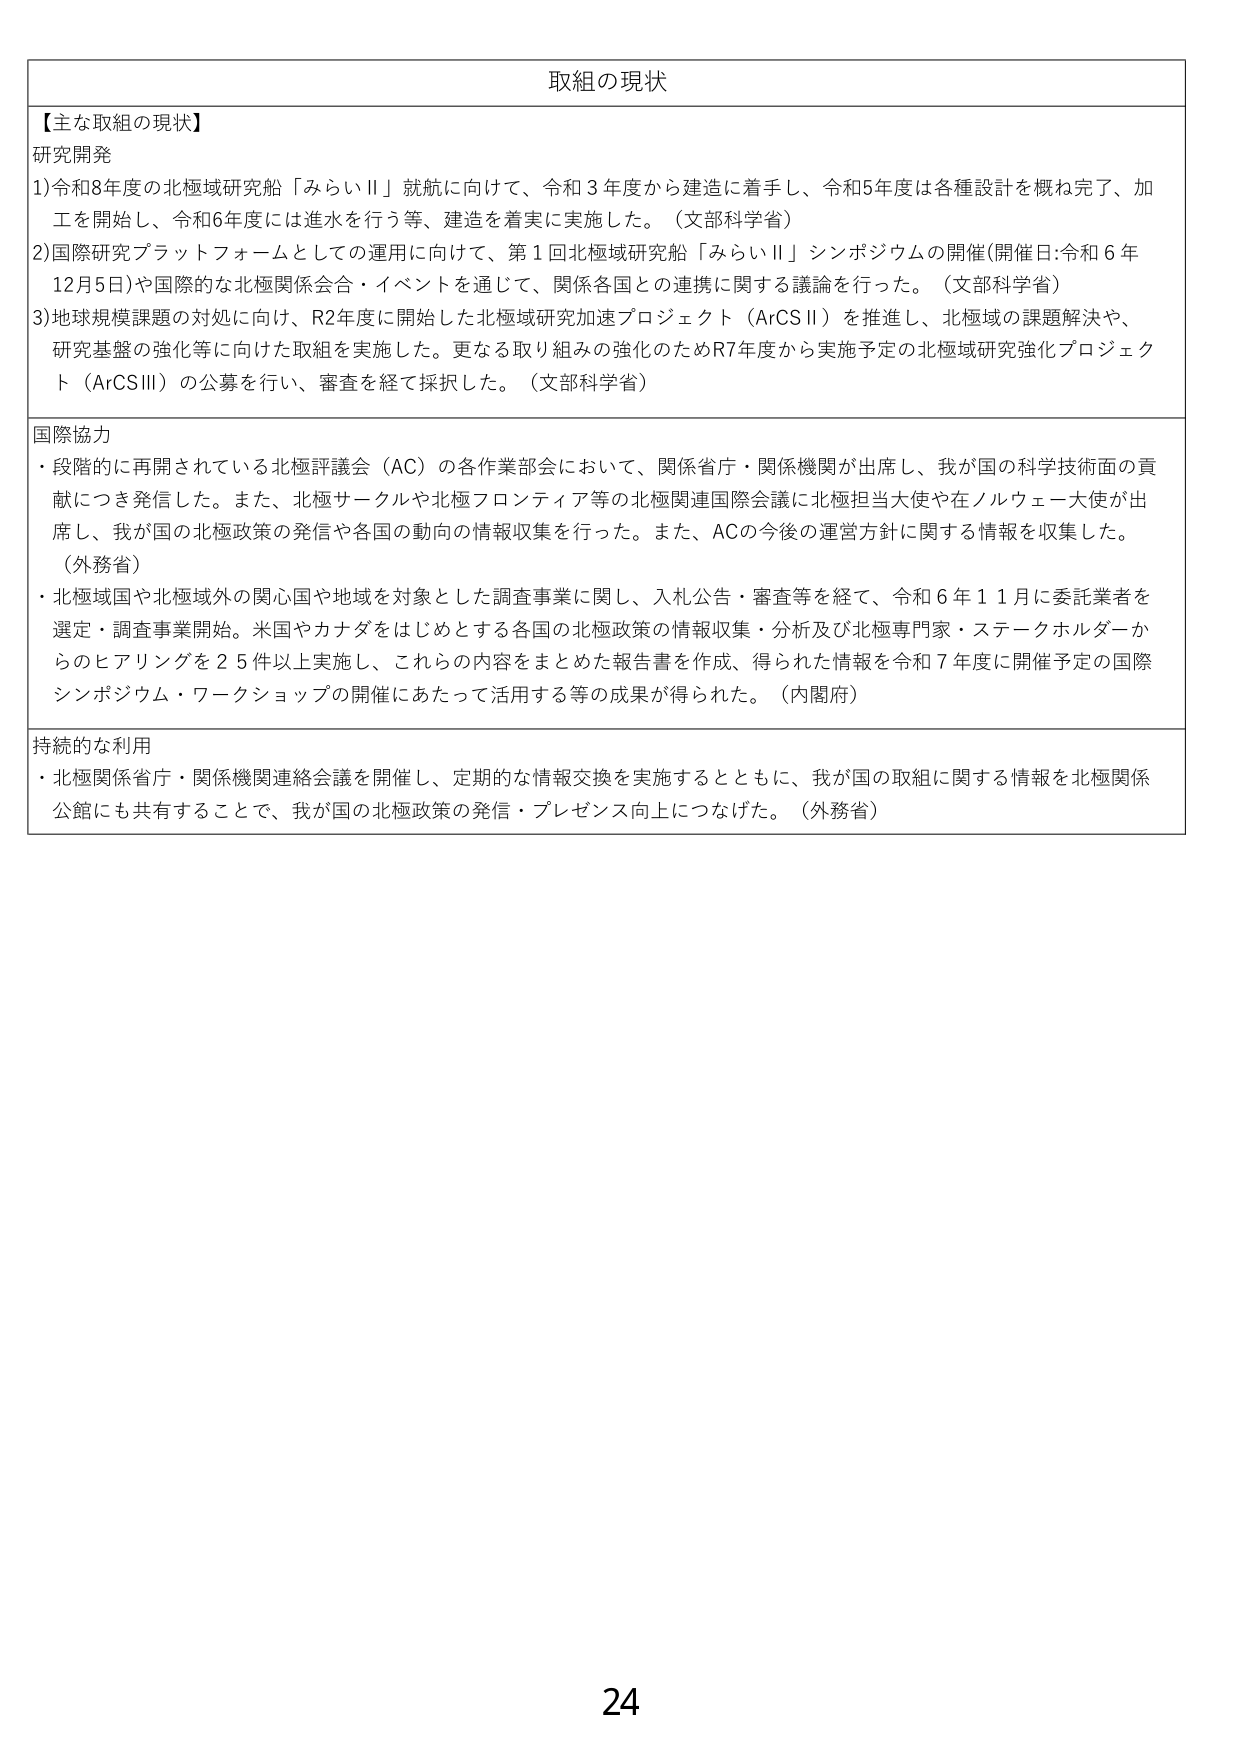
取組の現状

【主な取組の現状】

研究開発
1) 令和8年度の北極域研究船「みらいⅡ」就航に向けて、令和3年度から建造に着手し、令和5年度は各種設計を概ね完了、加工を開始し、令和6年度には進水を行う等、建造を着実に実施した。（文部科学省）
2) 国際研究プラットフォームとしての運用に向けて、第1回北極域研究船「みらいⅡ」シンポジウムの開催（開催日：令和6年12月5日）や国際的な北極関係会合・イベントを通じて、関係各国との連携に関する議論を行った。（文部科学省）
3) 地球規模課題の対処に向け、R2年度に開始した北極域研究加速プロジェクト（ArCSⅡ）を推進し、北極域の課題解決や、研究基盤の強化等に向けた取組を実施した。更なる取り組みの強化のためR7年度から実施予定の北極域研究強化プロジェクト（ArCSⅢ）の公募を行い、審査を経て採択した。（文部科学省）

国際協力
・段階的に再開されている北極評議会（AC）の各作業部会において、関係省庁・関係機関が出席し、我が国の科学技術面の貢献につき発信した。また、北極サークルや北極フロンティア等の北極関連国際会議に北極担当大使や在ノルウェー大使が出席し、我が国の北極政策の発信や各国の動向の情報収集を行った。また、ACの今後の運営方針に関する情報を収集した。（外務省）
・北極域国や北極域外の関心国や地域を対象とした調査事業に関し、入札公告・審査等を経て、令和6年11月に委託業者を選定・調査事業開始。米国やカナダをはじめとする各国の北極政策の情報収集・分析及び北極専門家・ステークホルダーからのヒアリングを25件以上実施し、これらの内容をまとめた報告書を作成、得られた情報を令和7年度に開催予定の国際シンポジウム・ワークショップの開催にあたって活用する等の成果が得られた。（内閣府）

持続的な利用
・北極関係省庁・関係機関連絡会議を開催し、定期的な情報交換を実施するとともに、我が国の取組に関する情報を北極関係公館にも共有することで、我が国の北極政策の発信・プレゼンス向上につなげた。（外務省）

24